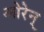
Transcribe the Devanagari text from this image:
ओरेन्